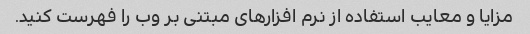
مزایا و معایب استفاده از نرم افزارهای مبتنی بر وب را فهرست کنید.